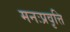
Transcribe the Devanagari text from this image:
मनःप्रवृत्ति